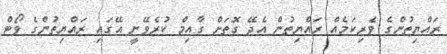
ރައްޔިތުންގެ ވެރިކަމެއް ރައްޔިތުން އެދޭ ގޮތަށް ގާއިމް ކުރެވޭނީ އޭގައި ރައްޔިތުންގެ ވޯޓް